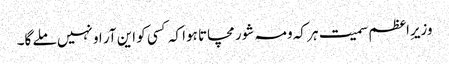
وزیرِاعظم سمیت ہر کہ ومہ شور مچاتا ہوا کہ کسی کو این آر او نہیں ملے گا۔